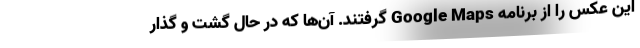
این عکس را از برنامه Google Maps گرفتند. آن‌ها که در حال گشت و گذار